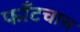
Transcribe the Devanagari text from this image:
फाँटचाच